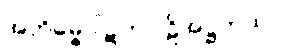
အဘိဓမ္ဓပါဋကပါဠိအဋ္ဌကထာ